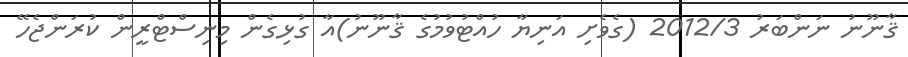
ޤާނޫނު ނަންބަރު 2012/3 (ގެވެށި އަނިޔާ ހުއްޓުވުމުގެ ޤާނޫނު)އާ ގުޅިގެން މިނިސްޓްރީން ކުރަންޖެހޭ